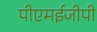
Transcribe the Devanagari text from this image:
पीएमईजीपी